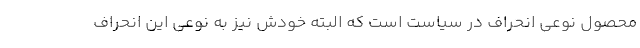
محصول نوعی انحراف در سیاست است که البته خودش نیز به نوعی این انحراف